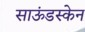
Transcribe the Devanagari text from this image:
साऊंडस्केन